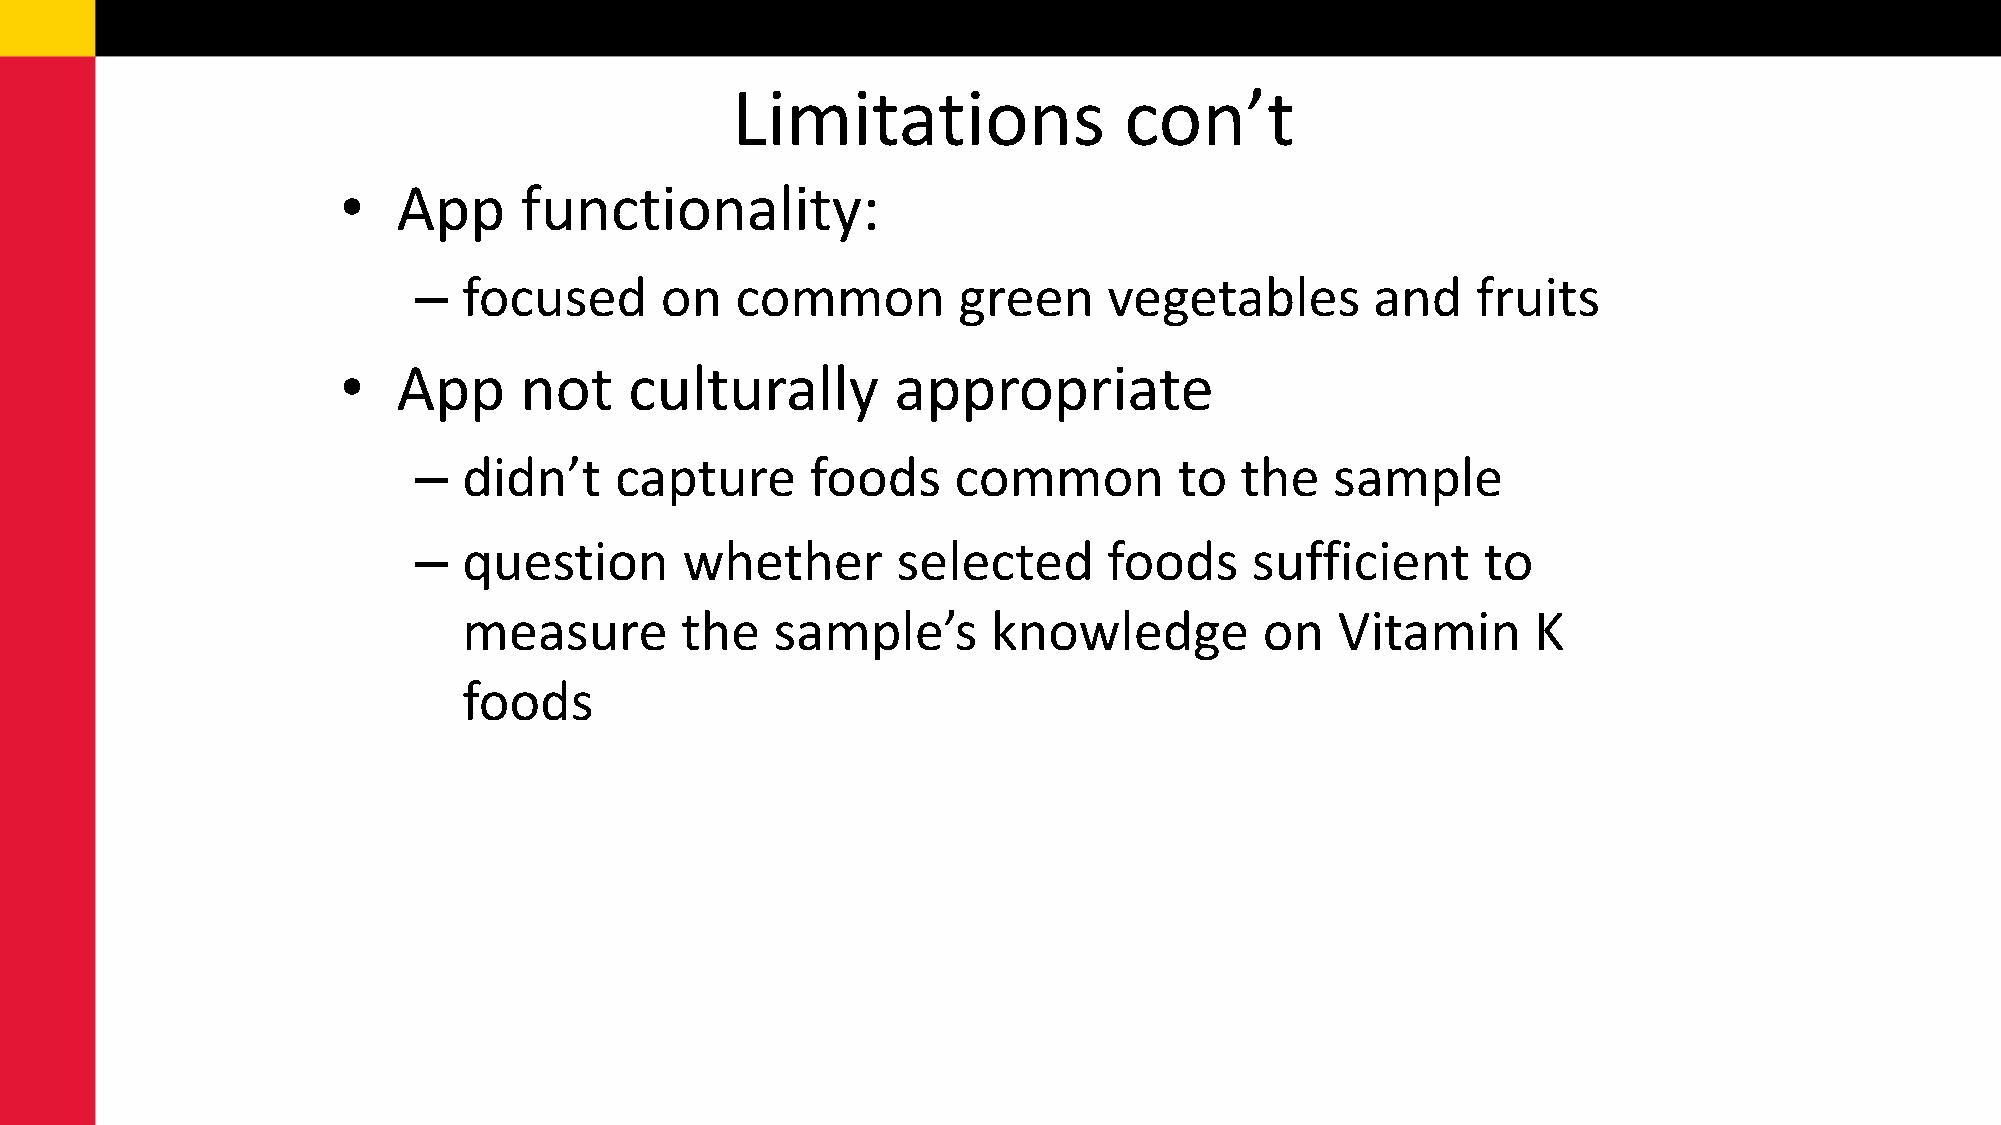
Limitations               con’t
 •  App     functionality:
 –   focused      on   common        green     vegetables        and    fruits
 •  App     not     culturally       appropriate
 –   didn’t    capture      foods    common         to  the   sample
 –   question      whether       selected      foods     sufficient     to
 measure       the   sample’s       knowledge         on   Vitamin      K
 foods